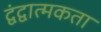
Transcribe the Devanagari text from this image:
द्वंद्वात्मकता